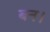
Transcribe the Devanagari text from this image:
बन।